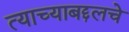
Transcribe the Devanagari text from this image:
त्याच्याबद्दलचे